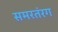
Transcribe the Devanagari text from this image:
समरतंरग